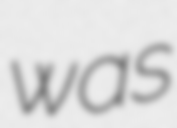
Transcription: was